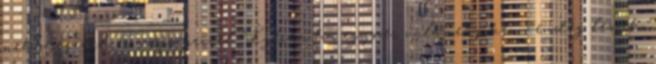
nehézségével, és szépségeivel. Ígérem ha egyszer valamelyiken vendég leszek,